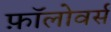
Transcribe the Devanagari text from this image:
फ़ॉलोवर्स